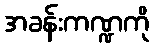
အခန်းကဏ္ဍကို